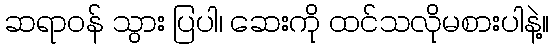
ဆရာဝန် သွား ပြပါ၊ ဆေးကို ထင်သလိုမစားပါနဲ့။